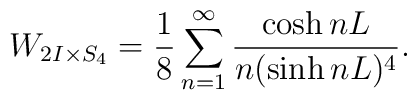
W_{2I\times S_4}=\frac{1}{8}\sum^\infty_{n=1}\frac{\cosh nL}{n(\sinh nL)^4}.